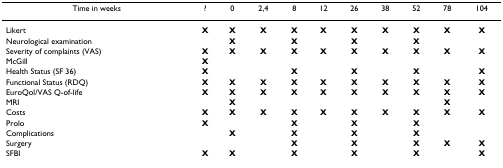
<table><thead><tr><td><b>Time in weeks</b></td><td><b>?</b></td><td><b>0</b></td><td><b>2,4</b></td><td><b>8</b></td><td><b>12</b></td><td><b>26</b></td><td><b>38</b></td><td><b>52</b></td><td><b>78</b></td><td><b>104</b></td></tr></thead><tbody><tr><td>Likert</td><td><b>X</b></td><td><b>X</b></td><td><b>X</b></td><td><b>X</b></td><td><b>X</b></td><td><b>X</b></td><td><b>X</b></td><td><b>X</b></td><td><b>X</b></td><td><b>X</b></td></tr><tr><td>Neurological examination</td><td></td><td><b>X</b></td><td></td><td><b>X</b></td><td></td><td><b>X</b></td><td></td><td><b>X</b></td><td></td><td></td></tr><tr><td>Severity of complaints (VAS)</td><td><b>X</b></td><td><b>X</b></td><td><b>X</b></td><td><b>X</b></td><td><b>X</b></td><td><b>X</b></td><td><b>X</b></td><td><b>X</b></td><td><b>X</b></td><td><b>X</b></td></tr><tr><td>McGill</td><td><b>X</b></td><td></td><td></td><td></td><td></td><td></td><td></td><td></td><td></td><td></td></tr><tr><td>Health Status (SF 36)</td><td><b>X</b></td><td></td><td></td><td><b>X</b></td><td></td><td><b>X</b></td><td></td><td><b>X</b></td><td></td><td><b>X</b></td></tr><tr><td>Functional Status (RDQ)</td><td><b>X</b></td><td><b>X</b></td><td><b>X</b></td><td><b>X</b></td><td><b>X</b></td><td><b>X</b></td><td><b>X</b></td><td><b>X</b></td><td><b>X</b></td><td><b>X</b></td></tr><tr><td>EuroQol/VAS Q-of-life</td><td><b>X</b></td><td><b>X</b></td><td><b>X</b></td><td><b>X</b></td><td><b>X</b></td><td><b>X</b></td><td><b>X</b></td><td><b>X</b></td><td><b>X</b></td><td><b>X</b></td></tr><tr><td>MRI</td><td></td><td><b>X</b></td><td></td><td></td><td></td><td></td><td></td><td></td><td><b>X</b></td><td></td></tr><tr><td>Costs</td><td><b>X</b></td><td><b>X</b></td><td><b>X</b></td><td><b>X</b></td><td><b>X</b></td><td><b>X</b></td><td><b>X</b></td><td><b>X</b></td><td><b>X</b></td><td><b>X</b></td></tr><tr><td>Prolo</td><td><b>X</b></td><td></td><td></td><td><b>X</b></td><td></td><td><b>X</b></td><td></td><td><b>X</b></td><td></td><td></td></tr><tr><td>Complications</td><td></td><td><b>X</b></td><td></td><td><b>X</b></td><td></td><td><b>X</b></td><td></td><td><b>X</b></td><td></td><td></td></tr><tr><td>Surgery</td><td></td><td></td><td></td><td><b>X</b></td><td></td><td><b>X</b></td><td></td><td><b>X</b></td><td><b>X</b></td><td><b>X</b></td></tr><tr><td>SFBI</td><td><b>X</b></td><td><b>X</b></td><td></td><td><b>X</b></td><td></td><td><b>X</b></td><td></td><td><b>X</b></td><td></td><td><b>X</b></td></tr></tbody></table>